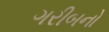
ગરીબનો